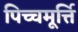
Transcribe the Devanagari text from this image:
पिच्चमूर्त्ति